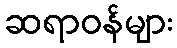
ဆရာဝန်များ